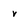
Character: v